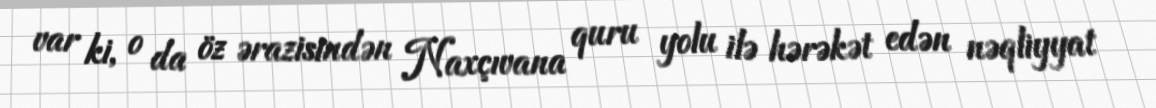
var ki, o da öz ərazisindən Naxçıvana quru yolu ilə hərəkət edən nəqliyyat